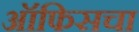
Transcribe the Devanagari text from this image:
ऑफिसचा